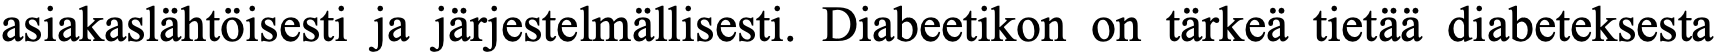
asiakaslähtöisesti ja järjestelmällisesti. Diabeetikon on tärkeä tietää diabeteksesta